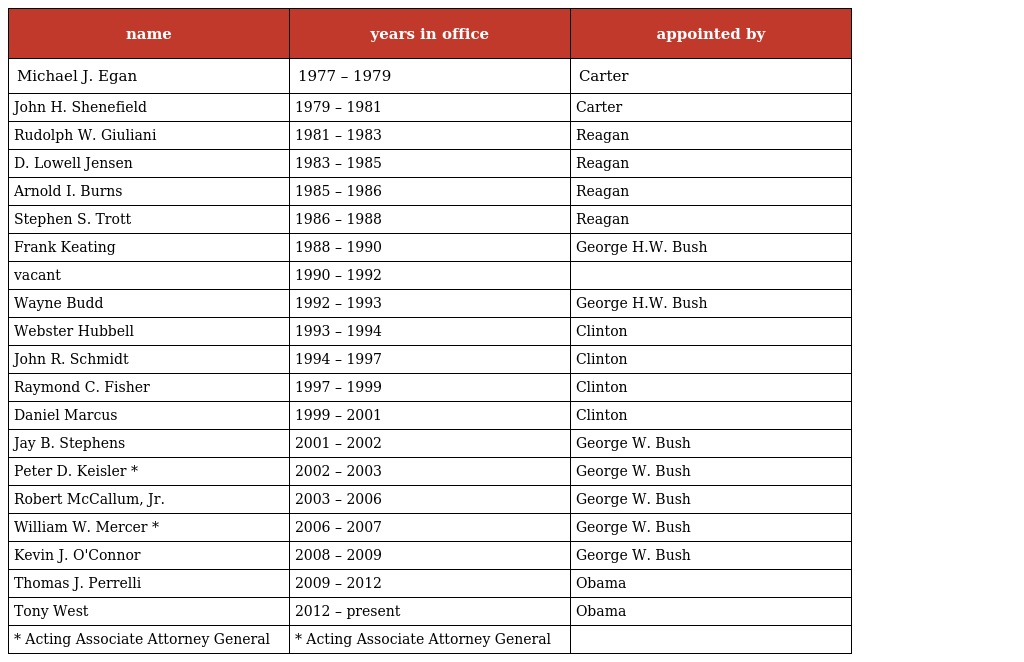
| name | years in office | appointed by |
 | --- | --- | --- |
 | Michael J. Egan | 1977 – 1979 | Carter |
 | John H. Shenefield | 1979 – 1981 | Carter |
 | Rudolph W. Giuliani | 1981 – 1983 | Reagan |
 | D. Lowell Jensen | 1983 – 1985 | Reagan |
 | Arnold I. Burns | 1985 – 1986 | Reagan |
 | Stephen S. Trott | 1986 – 1988 | Reagan |
 | Frank Keating | 1988 – 1990 | George H.W. Bush |
 | vacant | 1990 – 1992 |  |
 | Wayne Budd | 1992 – 1993 | George H.W. Bush |
 | Webster Hubbell | 1993 – 1994 | Clinton |
 | John R. Schmidt | 1994 – 1997 | Clinton |
 | Raymond C. Fisher | 1997 – 1999 | Clinton |
 | Daniel Marcus | 1999 – 2001 | Clinton |
 | Jay B. Stephens | 2001 – 2002 | George W. Bush |
 | Peter D. Keisler * | 2002 – 2003 | George W. Bush |
 | Robert McCallum, Jr. | 2003 – 2006 | George W. Bush |
 | William W. Mercer * | 2006 – 2007 | George W. Bush |
 | Kevin J. O'Connor | 2008 – 2009 | George W. Bush |
 | Thomas J. Perrelli | 2009 – 2012 | Obama |
 | Tony West | 2012 – present | Obama |
 | * Acting Associate Attorney General | * Acting Associate Attorney General |  |